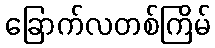
ခြောက်လတစ်ကြိမ်